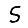
Digit: 5